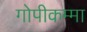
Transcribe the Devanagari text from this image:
गोपीकम्मा